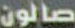
صالون